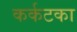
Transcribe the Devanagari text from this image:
कर्कटका